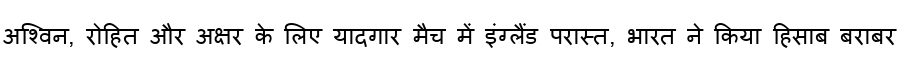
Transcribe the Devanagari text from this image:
अश्विन, रोहित और अक्षर के लिए यादगार मैच में इंग्लैंड परास्त, भारत ने किया हिसाब बराबर